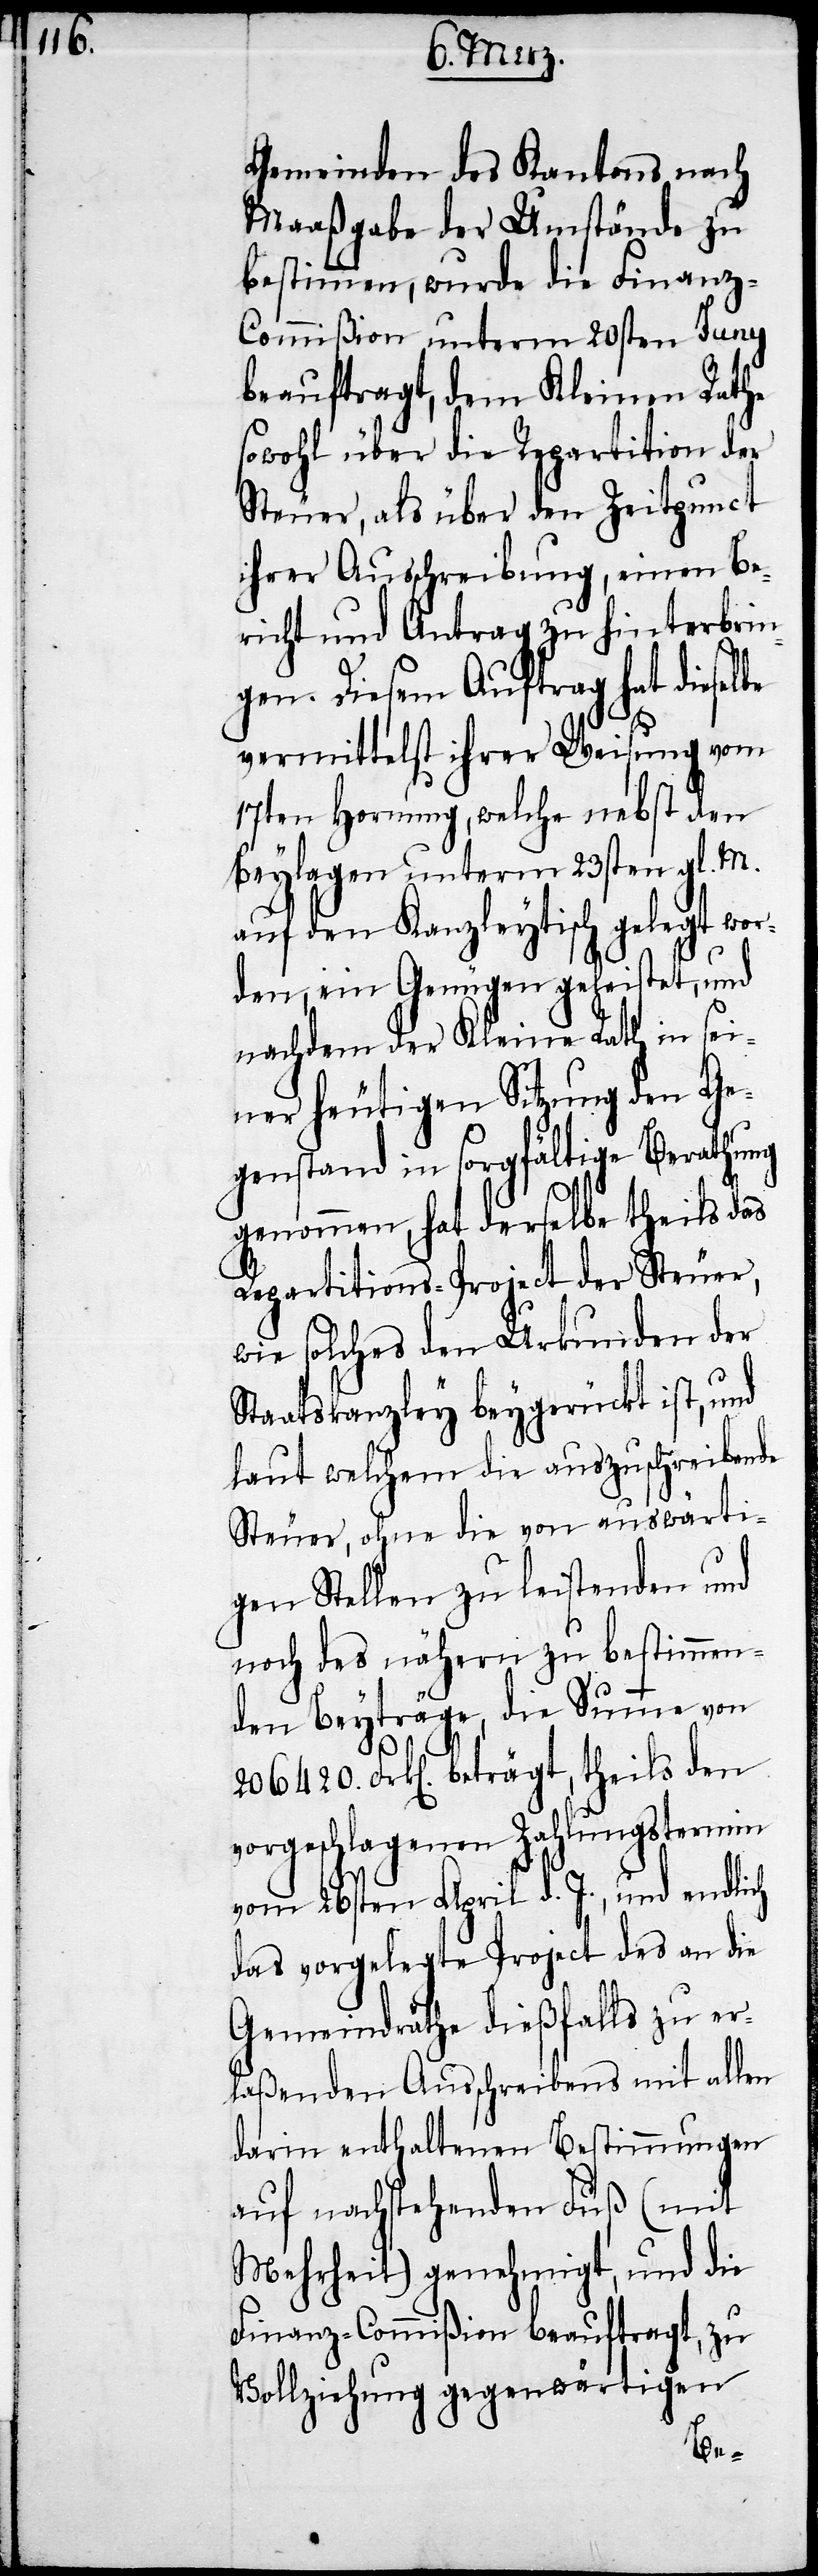
Gemeinden des Kantons nach
Maaßgabe der Umstände zu
bestimmen, wurde die Finanz-C¬
ommißion unterm 20sten Juny
beauftragt, dem Kleinen Rathe
sowohl über die Repartition der
Steuer, als über den Zeitpunct
ihrer Ausschreibung, einen Be¬
richt und Antrag zu hinterbrin¬
gen. Diesem Auftrag hat dieselbe
vermittelst ihrer Weisung vom
17ten Hornung, welche nebst den
Beylagen unterm 23sten gl. M.
auf den Kanzleytisch gelegt wor¬
den, ein Genügen geleistet, und
nachdem der Kleine Rath in sei¬
ner heutigen Sitzung den Ge¬
genstand in sorgfältige Berathung
genommen, hat derselbe theils das
Repartitions-Project der Steuer,
wie solches den Urkunden der
Staatskanzley beygerückt ist, und
laut welchem die auszuschreibende
Steuer, ohne die von auswärti¬
gen Stellen zu leistenden und
noch des nähern zu bestimmen¬
den Beyträge, die Summe von
206420. Frk[en]. beträgt, theils den
vorgeschlagenen Zahlungstermin
vom 26sten April d. J., und endlich
das vorgelegte Project des an die
Gemeindräthe dießfalls zu er¬
laßenden Ausschreibens mit allen
darin enthaltenen Bestimmungen
auf nachstehenden Fuß (mit
Mehrheit) genehmigt, und die
Finanz-Commißion beauftragt, zu
Vollziehung gegenwärtigen